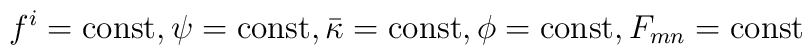
f^i={\rm const}, \psi ={\rm const}, \bar\kappa ={\rm const}, \phi={\rm const}, F_{mn} ={\rm const}